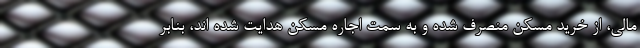
مالی، از خرید مسکن منصرف شده و به سمت اجاره مسکن هدایت شده اند، بنابر